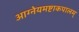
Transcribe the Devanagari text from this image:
आग्नेयमष्टाकपालम्